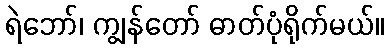
ရဲဘော်၊ ကျွန်တော် ဓာတ်ပုံရိုက်မယ်။